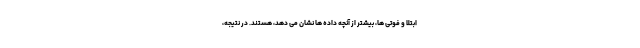
ابتلا و فوتی ها، بیشتر از آنچه داده ها نشان می دهد، هستند. در نتیجه،